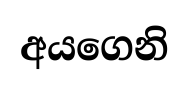
අයගෙනි